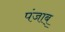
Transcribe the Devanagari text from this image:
पंजाब्